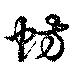
蚌